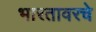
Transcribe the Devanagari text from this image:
भारतावरचे